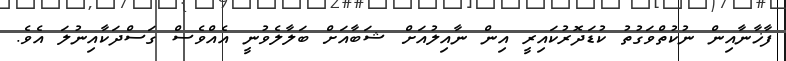
ފާޚާނާއިން ނުކުތްވަގުތު ކުޑަދޮރުކައިރީ އިން ނާއިލުއަށް ޝަބާއަށް ބަލާާލެވުނީ އެއްވެސް ގަސްދަކާއިނުލަ އެވެ.